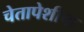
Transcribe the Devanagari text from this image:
चेतापेशीचा